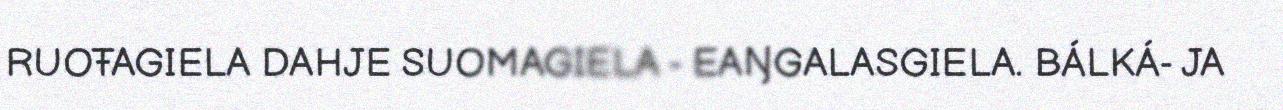
RUOŦAGIELA DAHJE SUOMAGIELA - EAŊGALASGIELA. BÁLKÁ- JA